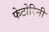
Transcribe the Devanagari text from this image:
फेटोरिनी